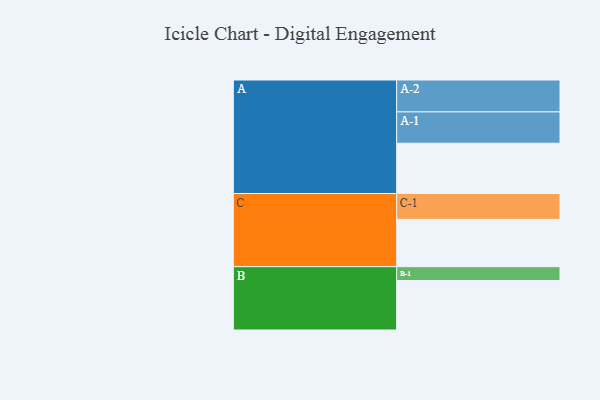
{"axis": {"x": "Segment", "y": "Value"}, "legend": ["", "A", "B", "C"], "data": [{"x": "A", "y": 424, "type": ""}, {"x": "B", "y": 417, "type": ""}, {"x": "C", "y": 399, "type": ""}, {"x": "A-1", "y": 264, "type": "A"}, {"x": "A-2", "y": 269, "type": "A"}, {"x": "B-1", "y": 117, "type": "B"}, {"x": "C-1", "y": 218, "type": "C"}]}